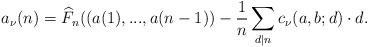
LaTeX: \begin{align*}a_\nu(n) = \widehat{F}_n((a(1),...,a(n-1)) - \frac{1}{n} \sum \limits_{d|n} c_\nu(a,b;d)\cdot d.\end{align*}